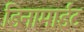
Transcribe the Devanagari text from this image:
डिनामाईट